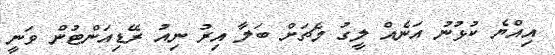
އިއްޔެ ކުޅުނު އަނެއް ލީގު މެޗަށް ބަލާ އިރު ނިއު ރޭޑިއަންޓުން ވަނީ